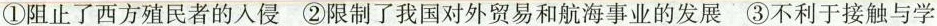
①阻止了西方殖民者的入侵 ②限制了我国对外贸易和航海事业的发展 ③不利于接触与学